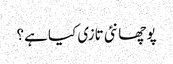
پوچھا نئی تازی کیا ہے؟